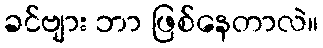
ခင်ဗျား ဘာ ဖြစ်နေတာလဲ။